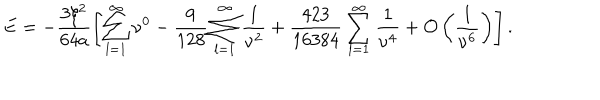
LaTeX: E = - \frac { 3 \xi ^ { 2 } } { 6 4 a } \left[ \sum _ { l = 1 } ^ { \infty } \nu ^ { 0 } - \frac { 9 } { 1 2 8 } \sum _ { l = 1 } ^ { \infty } \frac { 1 } { \nu ^ { 2 } } + \frac { 4 2 3 } { 1 6 3 8 4 } \sum _ { l = 1 } ^ { \infty } \frac { 1 } { \nu ^ { 4 } } + { \cal O } \left( \frac { 1 } { \nu ^ { 6 } } \right) \right] { . }